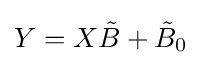
Y=X{\tilde {B}}+{\tilde {B}}_{0}